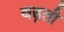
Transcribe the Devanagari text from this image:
वढ़ती